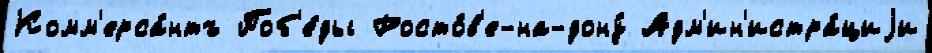
Комм'ерса́нтъ Поб'е́ды Росто́в'е-на-дону́ Адм'ин'истра́циjи